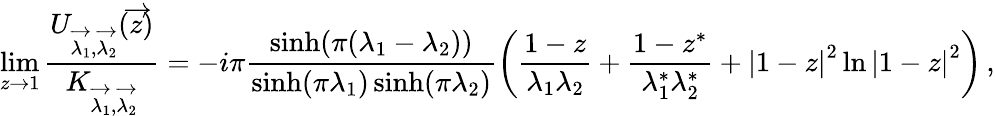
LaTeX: \operatorname*{lim}_{z\rightarrow 1}{\frac{U_{\overrightarrow{\lambda_{1}},\overrightarrow{\lambda_{2}}}(\overrightarrow{z})}{K_{\overrightarrow{\lambda_{1}},\overrightarrow{\lambda_{2}}}}}=-i\pi\frac{\sinh(\pi(\lambda_{1}-\lambda_{2}))}{\sinh(\pi\lambda_{1})\sinh(\pi\lambda_{2})}\left(\frac{1-z}{\lambda_{1}\lambda_{2}}+\frac{1-z^{*}}{\lambda_{1}^{*}\lambda_{2}^{*}}+\left|1-z\right|^{2}\ln\left|1-z\right|^{2}\right)\, ,